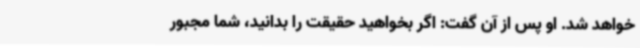
خواهد شد. او پس از آن گفت: اگر بخواهید حقیقت را بدانید، شما مجبور